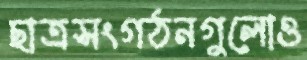
ছাত্রসংগঠনগুলোও